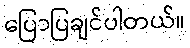
ပြောပြချင်ပါတယ်။